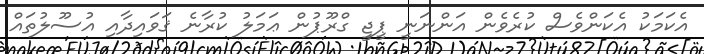
އެކަމަކު އެކަންވެސް ކުރެވެން އަންނަނީ ޕީޖީ ގްރޫޕުން ޢަމަލު ކުރާނެ ޤަވައިދާއި އުސޫލުތައް